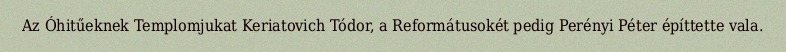
Az Óhitűeknek Templomjukat Keriatovich Tódor, a Reformátusokét pedig Perényi Péter építtette vala.